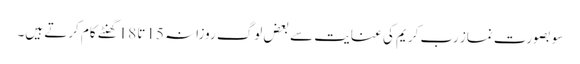
سو بصورت نماز رب کریم کی عنایت سے بعض لوگ روزانہ 15تا 18گھنٹے کام کرتے ہیں۔